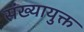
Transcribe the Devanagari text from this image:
संख्यायुक्त